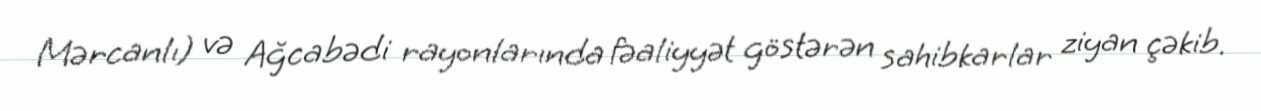
Mərcanlı) və Ağcabədi rayonlarında fəaliyyət göstərən sahibkarlar ziyan çəkib.